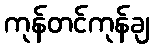
ကုန်တင်ကုန်ချ